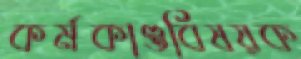
কর্মকাণ্ডবিষয়ক